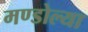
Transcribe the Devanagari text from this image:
मण्डोल्या